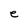
Character: e